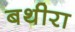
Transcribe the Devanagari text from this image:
बथीरा